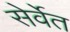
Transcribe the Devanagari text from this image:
सेर्वेत